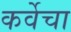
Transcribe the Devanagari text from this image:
कर्वेचा